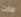
صارت